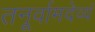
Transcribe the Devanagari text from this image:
तनूर्वामदेव्यं